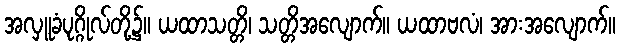
အလှူခံပုဂ္ဂိုလ်တို့၌။ ယထာသတ္တိ၊ သတ္တိအလျောက်။ ယထာဗလံ၊ အားအလျောက်။